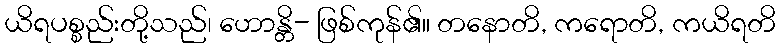
ယိရပစ္စည်းတို့သည်၊ ဟောန္တိ- ဖြစ်ကုန်၏။ တနောတိ, ကရောတိ, ကယိရတိ